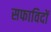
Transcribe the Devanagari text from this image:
सफाविदों